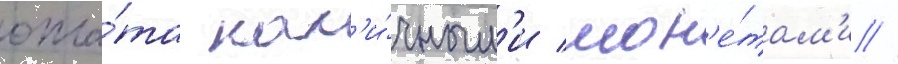
опла́та нал'и́чным'и мон'е́там'и //